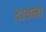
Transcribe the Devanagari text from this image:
दावना